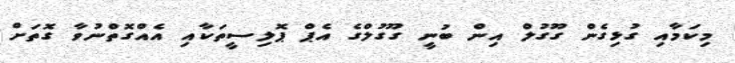
މިކަމާއި ގުޅިގެން ގޫގުލް އިން ބުނީ ގޫގުލްގެ އެޕް ޕޮލިސީތަކާއި އެއްގޮތްނުވާ ގޮތަށް